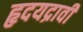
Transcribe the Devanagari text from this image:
हृदयद्रावी